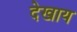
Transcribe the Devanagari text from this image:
देखाय